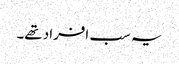
یہ سب افراد تھے۔